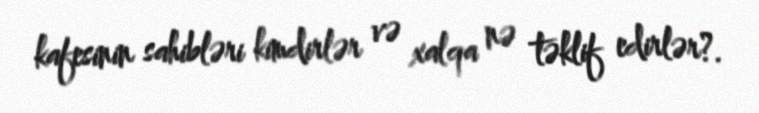
kafesinin sahibləri kimdirlər və xalqa nə təklif edirlər?.